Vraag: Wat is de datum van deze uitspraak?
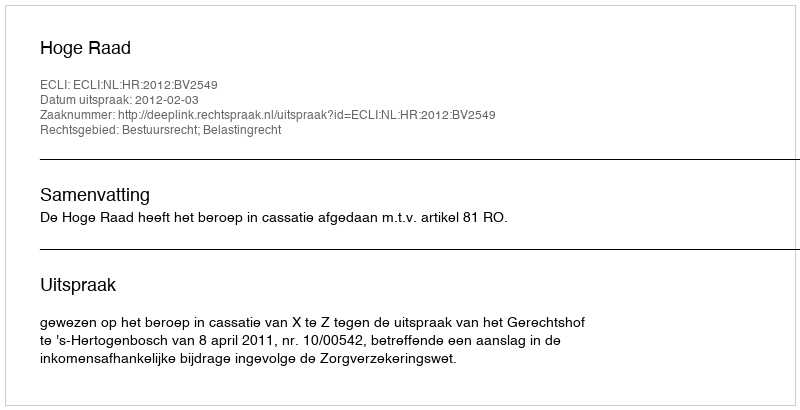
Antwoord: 2012-02-03